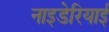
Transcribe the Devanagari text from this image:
नाइडेरियाई